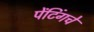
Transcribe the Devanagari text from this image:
पेंटिंगचे